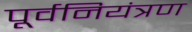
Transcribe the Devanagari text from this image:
पूर्वनियंत्रण